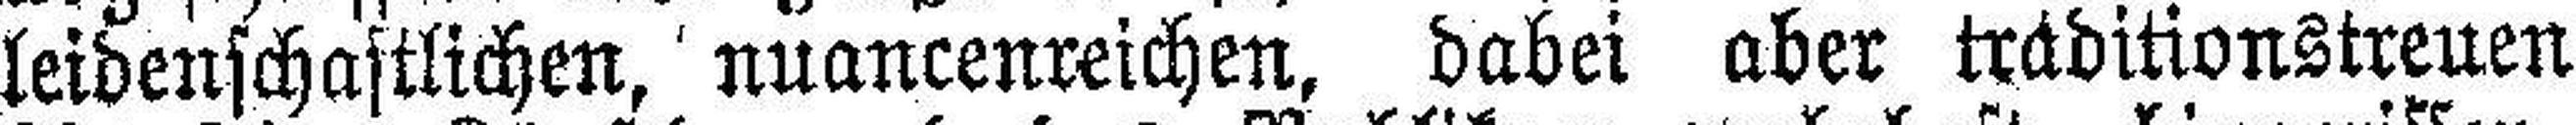
leidenschaftlichen, nuancenreichen, dabei aber traditionstreuen